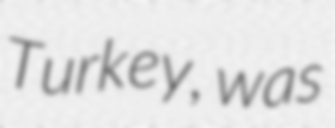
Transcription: Turkey, was